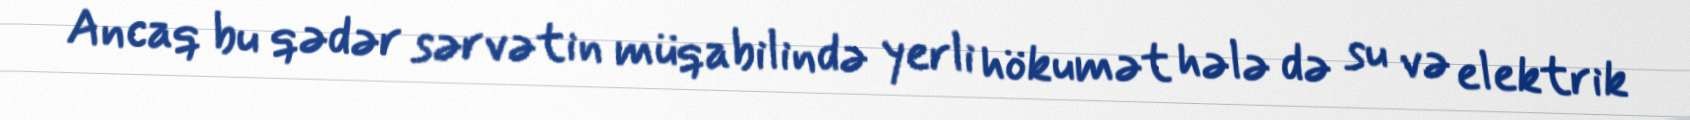
Ancaq bu qədər sərvətin müqabilində yerli hökumət hələ də su və elektrik